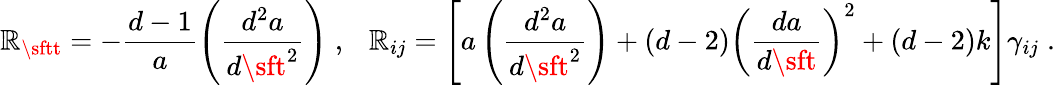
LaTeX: \mathbb{R}_{\sftt}=-\frac{{d-1}}{{a}}\left(\frac{{d^{2}a}}{{d{\sft}^{2}}}\right)\; ,~~~\mathbb{R}_{ij}=\left[a\left(\frac{{d^{2}a}}{{d{\sft}^{2}}}\right)+(d-2)\left(\frac{{da}}{{d\sft}}\right)^{2}+(d-2)k\right]\gamma_{ij}\; .